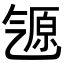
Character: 𬇒